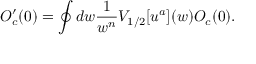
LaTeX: { \cal O } _ { c } ^ { \prime } ( 0 ) = \oint d w \frac { 1 } { w ^ { n } } V _ { 1 / 2 } [ u ^ { a } ] ( w ) { \cal O } _ { c } ( 0 ) .